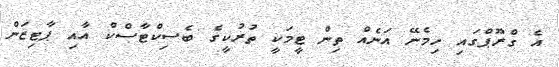
އެ ގްރޫޕްގައި ހިމެނޭ އަނެއް ތިން ޓީމަކީ ތުރުކީގެ ބެސިކްޓާސްކް އާއި ޕާޓިޒަން